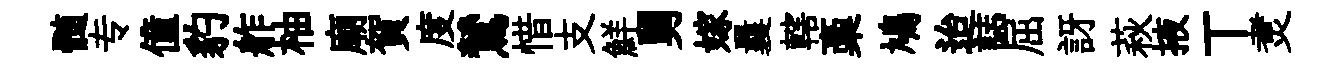
髄专僮豹舴柚廟賀度鷥惜支鮮舅嫁曩轄稾鳩迨誌屈訝萩掖丅煑